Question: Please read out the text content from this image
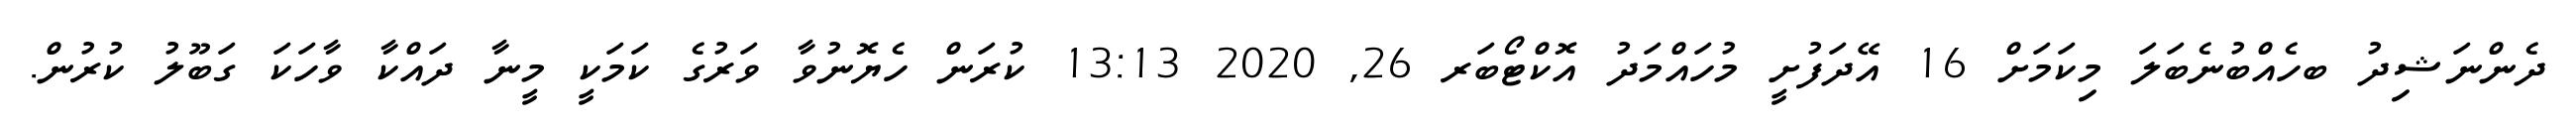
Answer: ދެންނަޝިދު ބހެއްބުނެބަލަ މިކަމަށް 16 އޭދަފުށީ މުހައްމަދު އޮކްޓޯބަރ 26, 2020 13:13 ކުރަން ހެޔޮނުވާ ވަރުގެ ކަމަކީ މީނާ ދައްކާ ވާހަކަ ގަބޫލު ކުރުން.